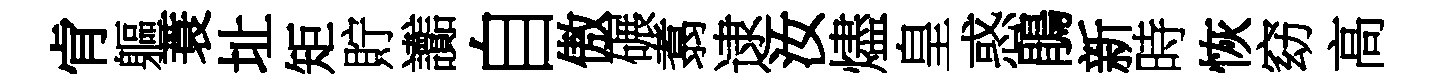
肻軀蓑址矩貯讟自傲碾翥逮汝燼皇惑鵑新時恢窈高